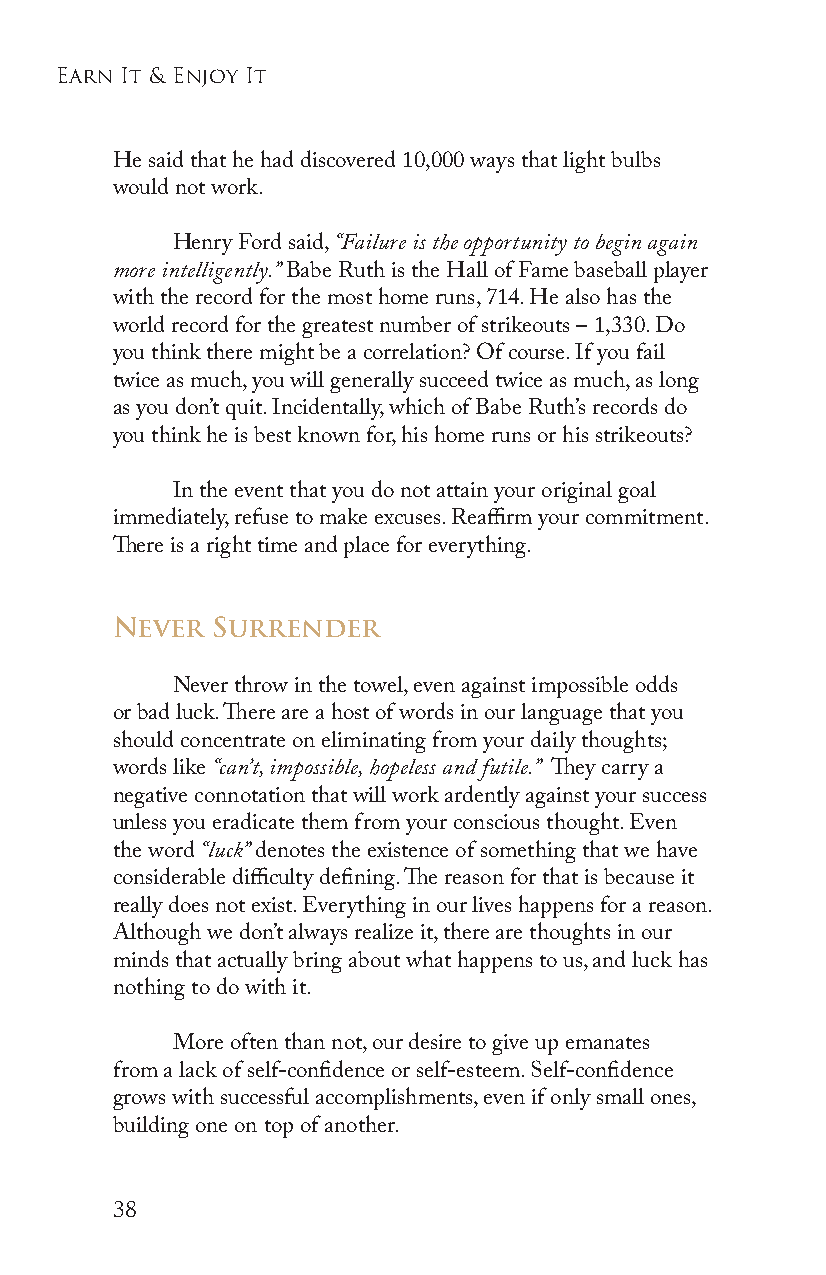
earn it & enjoy it
 He said that he had discovered 10,000 ways that light bulbs
 would not work.
 Henry Ford said, “Failure is the opportunity to begin again
 more intelligently.” Babe Ruth is the Hall of Fame baseball player
 with the record for the most home runs, 714. He also has the
 world record for the greatest number of strikeouts – 1,330. Do
 you think there might be a correlation? Of course. If you fail
 twice as much, you will generally succeed twice as much, as long
 as you don’t quit. Incidentally, which of Babe Ruth’s records do
 you think he is best known for, his home runs or his strikeouts?
 In the event that you do not attain your original goal
 immediately, refuse to make excuses. Reaffirm your commitment.
 There is a right time and place for everything.
 Never  Surrender
 Never throw in the towel, even against impossible odds
 or bad luck. There are a host of words in our language that you
 should concentrate on eliminating from your daily thoughts;
 words like “can’t, impossible, hopeless and futile.” They carry a
 negative connotation that will work ardently against your success
 unless you eradicate them from your conscious thought. Even
 the word “luck” denotes the existence of something that we have
 considerable difficulty defining. The reason for that is because it
 really does not exist. Everything in our lives happens for a reason.
 Although we don’t always realize it, there are thoughts in our
 minds that actually bring about what happens to us, and luck has
 nothing to do with it.
 More often than not, our desire to give up emanates
 from a lack of self-confidence or self-esteem. Self-confidence
 grows with successful accomplishments, even if only small ones,
 building one on top of another.
 38